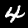
Digit: 4